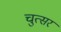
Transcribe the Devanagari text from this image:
चुत्सर